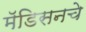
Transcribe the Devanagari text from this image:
मॅडिसनचे